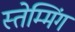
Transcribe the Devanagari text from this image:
स्तेम्मिंग